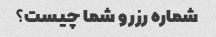
شماره رزرو شما چیست؟